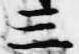
三